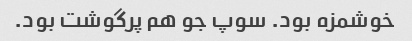
خوشمزه بود. سوپ جو هم پرگوشت بود.